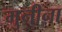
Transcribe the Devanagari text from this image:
मुनीना